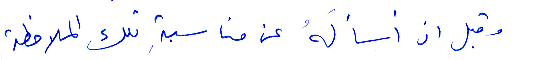
وقبل أن أسأله عن مناسبة تلك الملاحظة